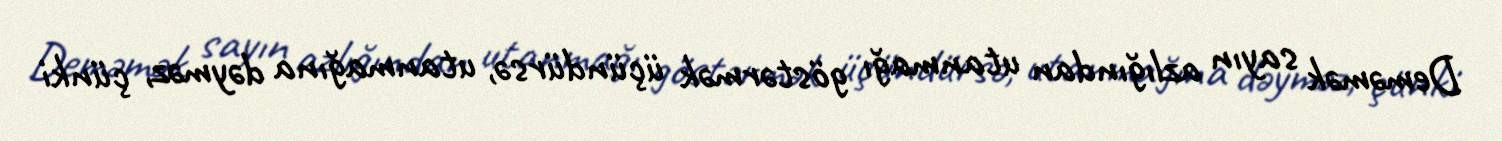
Deməmək sayın azlığından utanmağı göstərmək üçündürsə, utanmağına dəyməz, çünki